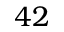
4 2